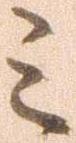
ミ